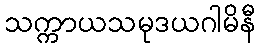
သက္ကာယသမုဒယဂါမိနီ